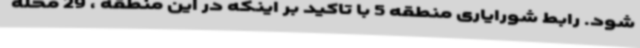
شود. رابط شورایاری منطقه 5 با تاکید بر اینکه در این منطقه ، 29 محله